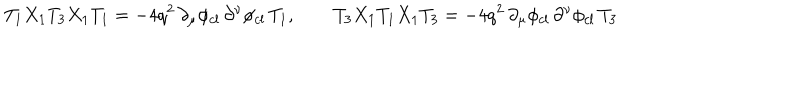
LaTeX: T _ { 1 } X _ { 1 } T _ { 3 } X _ { 1 } T _ { 1 } = - 4 q ^ { 2 } \, \partial _ { \mu } \phi _ { c l } \, \partial ^ { \nu } \phi _ { c l } \, T _ { 1 } , \qquad T _ { 3 } X _ { 1 } T _ { 1 } X _ { 1 } T _ { 3 } = - 4 q ^ { 2 } \, \partial _ { \mu } \phi _ { c l } \, \partial ^ { \nu } \phi _ { c l } \, T _ { 3 } \quad \quad \quad